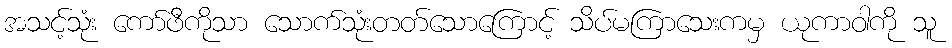
အသင့်သုံး ကော်ဖီကိုသာ သောက်သုံးတတ်သောကြောင့် သိပ်မကြာသေးကမှ ယုကာဝါကို သူ